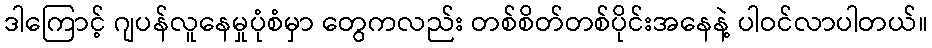
ဒါကြောင့် ဂျပန်လူနေမှုပုံစံမှာ တွေကလည်း တစ်စိတ်တစ်ပိုင်းအနေနဲ့ ပါဝင်လာပါတယ်။